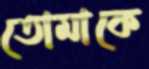
তোমাকে